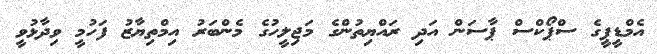
އެމްޑީޕީގެ ސްޕޯކްސް ޕާސަން އަދި ރައްޔިތުންގެ މަޖިލީހުގެ މެންބަރު އިމްތިޔާޒު ފަހުމީ ވިދާޅުވީ